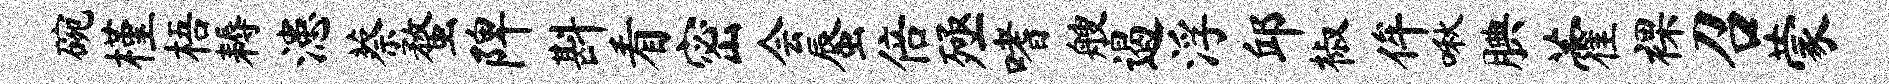
碗槿梧耨漶蔡蝥陴斟看密会蜃倍殛嗜艘遏浮邱椒侔啾腆藿裸召蒙